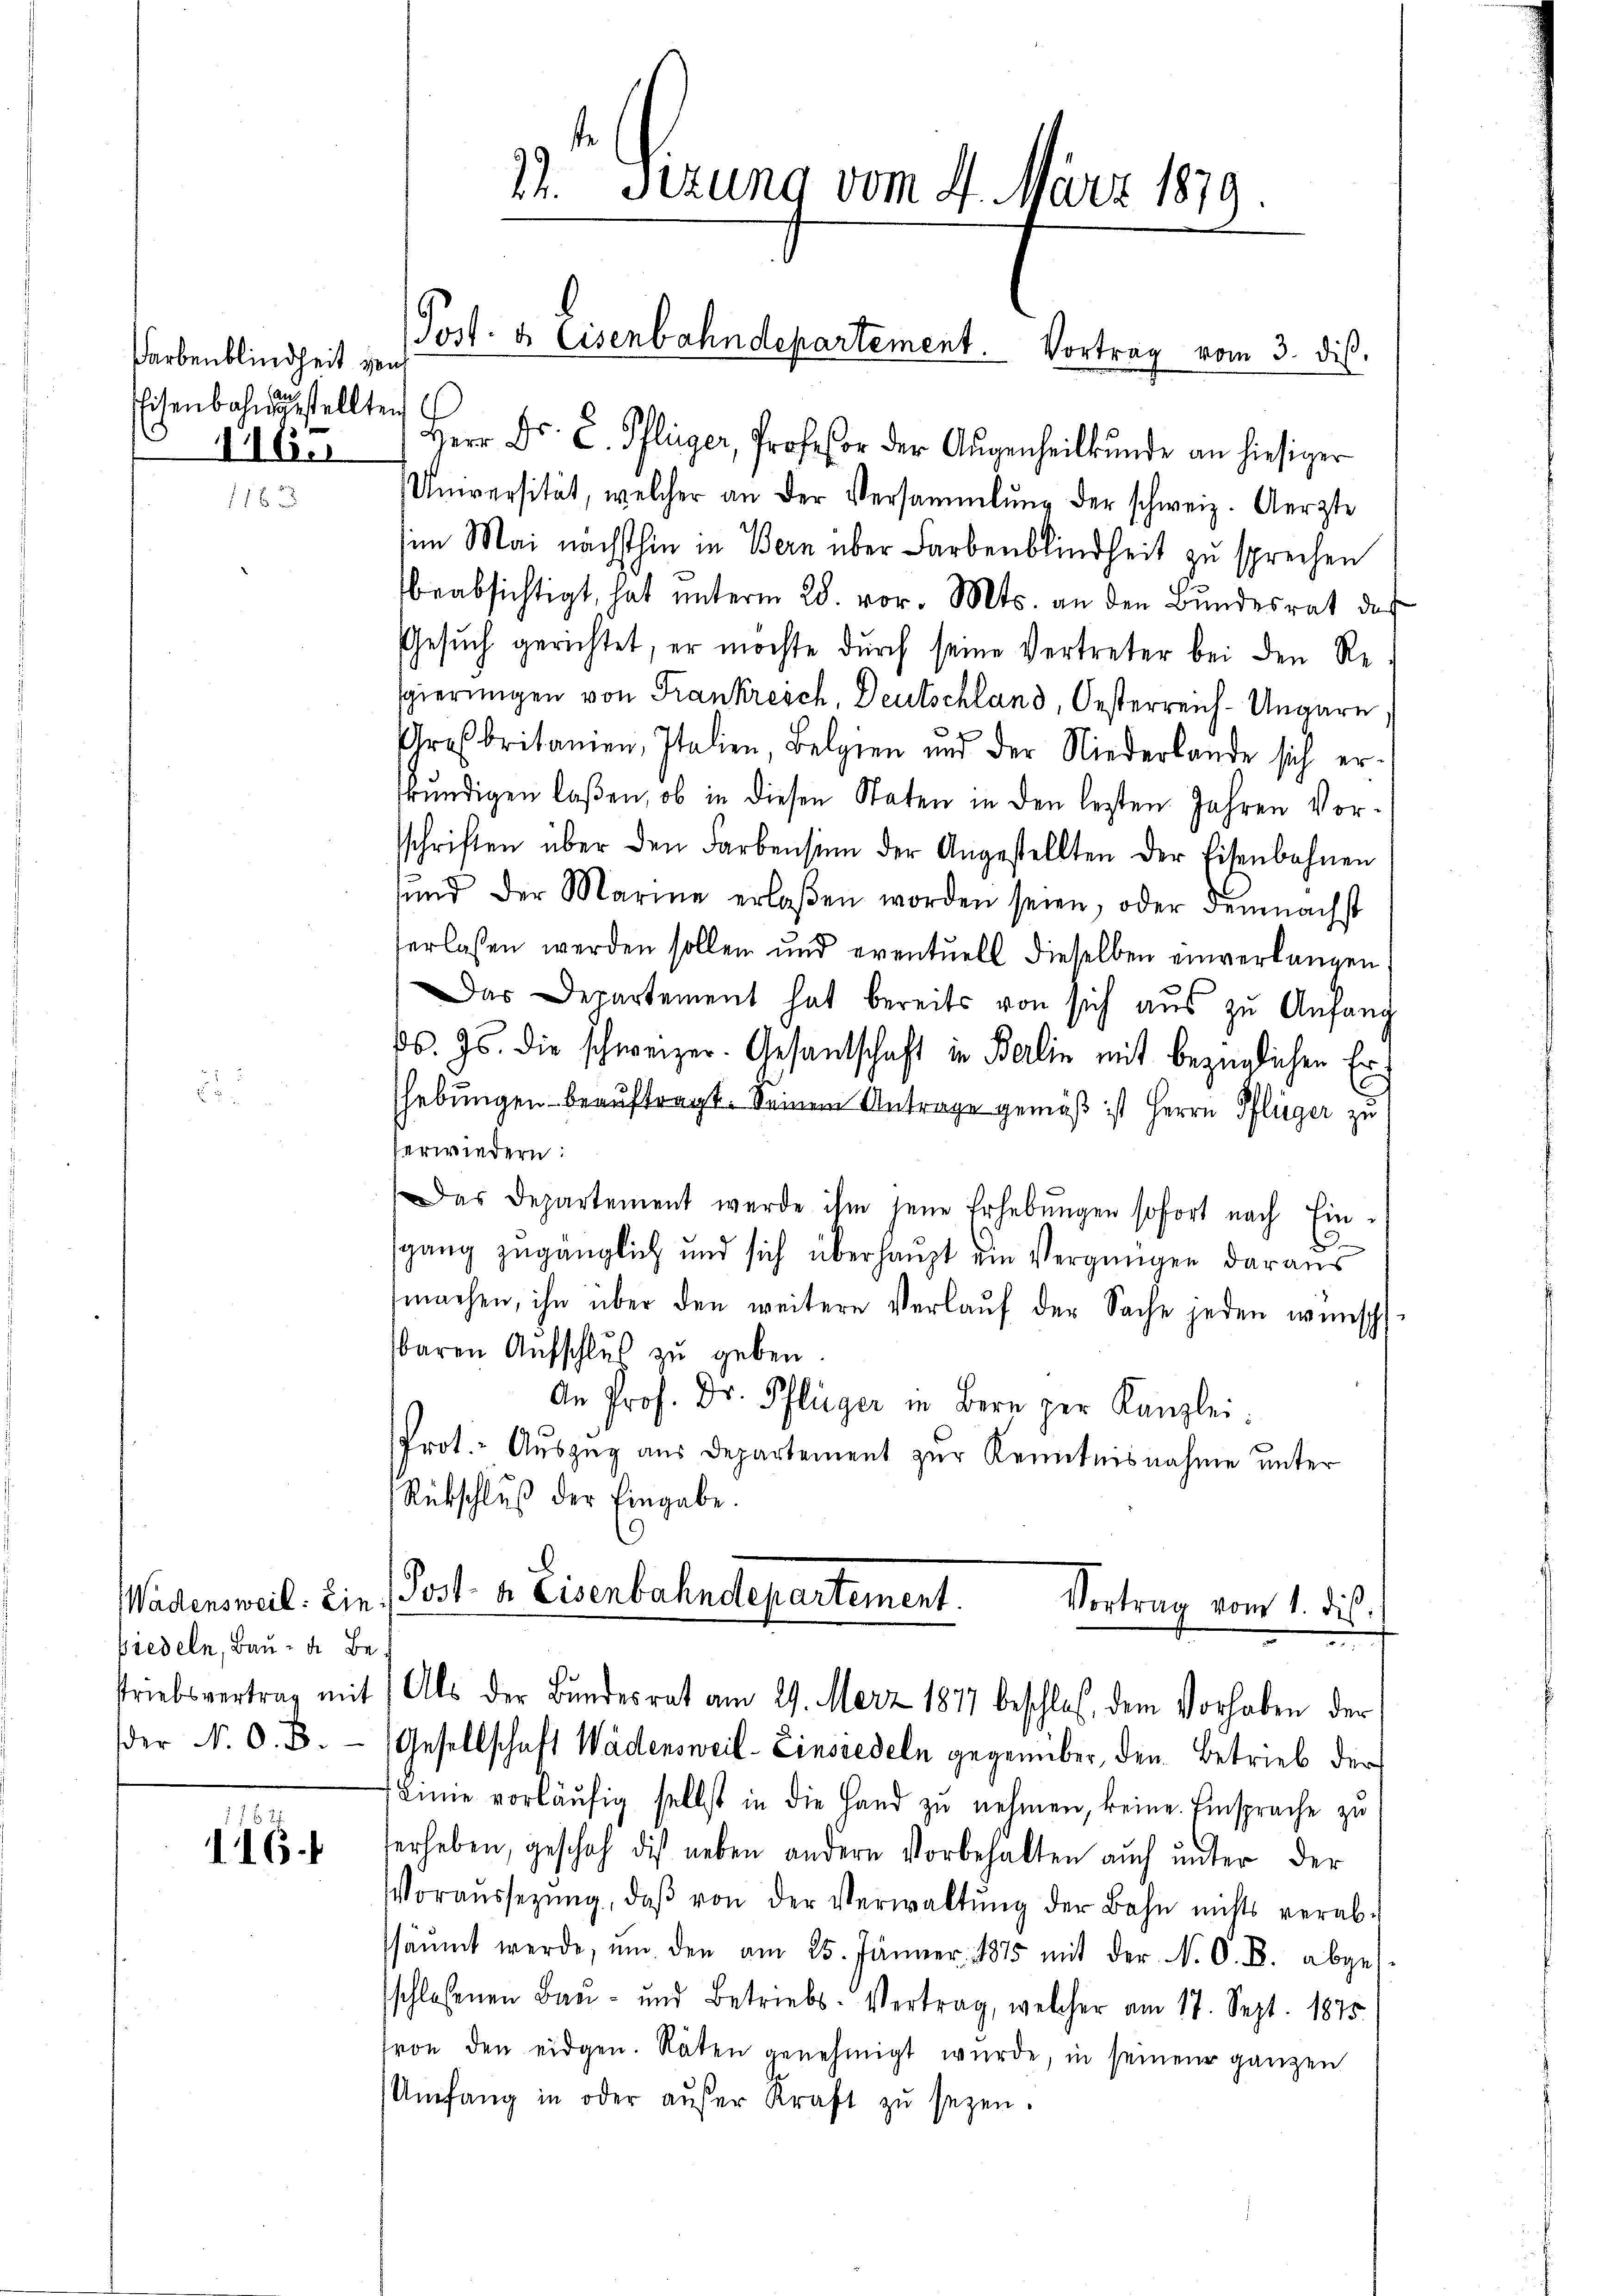
Farbenblindheit von
Eisenbahngestellten

WWadensweil: Ein
wiedeln, Bau- u. Be
striebsvertrag mit
der N. O. B.

116.

22. Sitzung vom 4. März 1879.

Post- & Eisenbahndepartement. Vortrag vom 3. dis.

116. Herr Dr. C. Pflüger, Professor der Aŭgenheilkunde an hiesiger
Universität, welcher an der Versammlung der schweiz. Aerzte
im Mai nächsthin in Bern über Farbenblindheit zu sprechen
beabsichtigt, hat unterm 28. vor. Mts. an den Bundesrat des
Gesuch gerichtet, er möchte durch seine Vertreter bei den Resgierungen von Frankreich, Deutschland, Oesterreich-Ungarn,
Großbritanien, Italien, Belgien und der Niederlande sich erkŭndigen laßen, ob in diesen Staten in den lezten Jahren Vorsschriften über den Farbensinn der Angestellten der Eisenbahnen
sund der Marine erlaßen worden seien, oder demnächst
erlassen werden sollen und eventuell dieselben einverlangen.
Das Departement hat bereits von sich aŭs zŭ Anfang
d. Js. die schweizer. Gesantschaft in Berlin mit bezüglichen Ershebungen beauftragt. Seinem Antrage gemäß ist Herrn Pflüger zu
erwiedern:
Das Departement werde ihm jene Erhebŭngen sofort nach Eind
sgang zugänglich und sich überhaupt ein Vergnügen daraus
machen, ihn über den weitere Verlaŭf der Sache jeden wünsch
sbaren Aŭfschluß zu geben.
An Prof. Dr. Pflüger in Bern per Kanzlei:
Prot.- Auszug aus Departement zur Kenntnisnahme unter
Rückschluß der Eingabe.
A
Post. b. Eisenbahndepartement.
Vortrag vom 1. dis.
Als der Bundesrat am 29. März 1877 beschloß, dem Vorhaben der
Gesellschaft Wädensweil–Einsiedeln gegenüber, den Betrieb der
Linie vorläŭfig selbst in die Hand zu nehmen, keine Einsprache zu
herheben, geschah dies neben andern Vorbehalten auch unter der
Voraŭssezŭng, daβ von der Verwaltŭng der Bahn nichts verab-
ssäŭmt werde, ŭm den am 25. Jänner 1875 mit der N. O. B. abgesschloßenen Bau- und Betriebs-Vertrag, welcher am 17. Sept. 1875
fron den eidgen. Räten genehmigt wurde, in seinen ganzen
Umfang in oder aŭfer Kraft zŭ sezen.